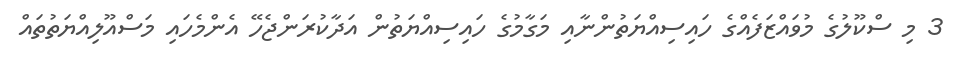
3 މި ސްކޫލުގެ މުވައްޒަފެއްގެ ހައިސިއްޔަތުންނާއި މަގާމުގެ ހައިސިއްޔަތުން އަދާކުރަންޖެހޭ އެންމެހައި މަސްއޫލިއްޔަތުތައް